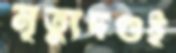
মৃত্যুদণ্ডই